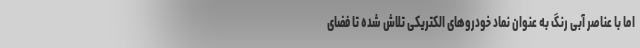
اما با عناصر آبی رنگ به عنوان نماد خودروهای الکتریکی تلاش شده تا فضای